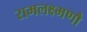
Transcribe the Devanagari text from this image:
रामलक्ष्मणौ